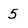
Character: 5